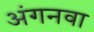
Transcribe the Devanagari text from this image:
अंगनवा